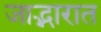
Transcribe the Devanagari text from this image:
जाद्भारात